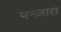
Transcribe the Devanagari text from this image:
पन्ज़ारा